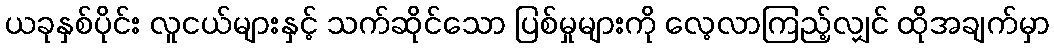
ယခုနှစ်ပိုင်း လူငယ်များနှင့် သက်ဆိုင်သော ပြစ်မှုများကို လေ့လာကြည့်လျှင် ထိုအချက်မှာ